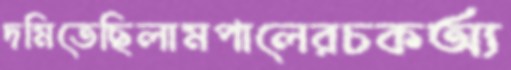
দমিতেছিলামপালেরচকঅ্য